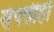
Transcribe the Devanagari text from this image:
संपत्तीही